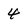
Character: 4